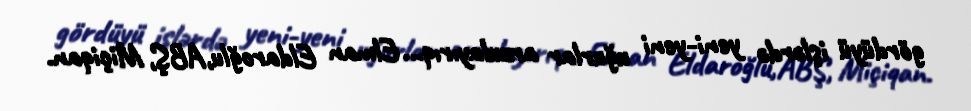
gördüyü işlərdə yeni-yeni uğurlar arzulayırıq... Elman Eldaroğlu,ABŞ, Miçiqan.